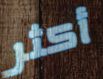
أكثر